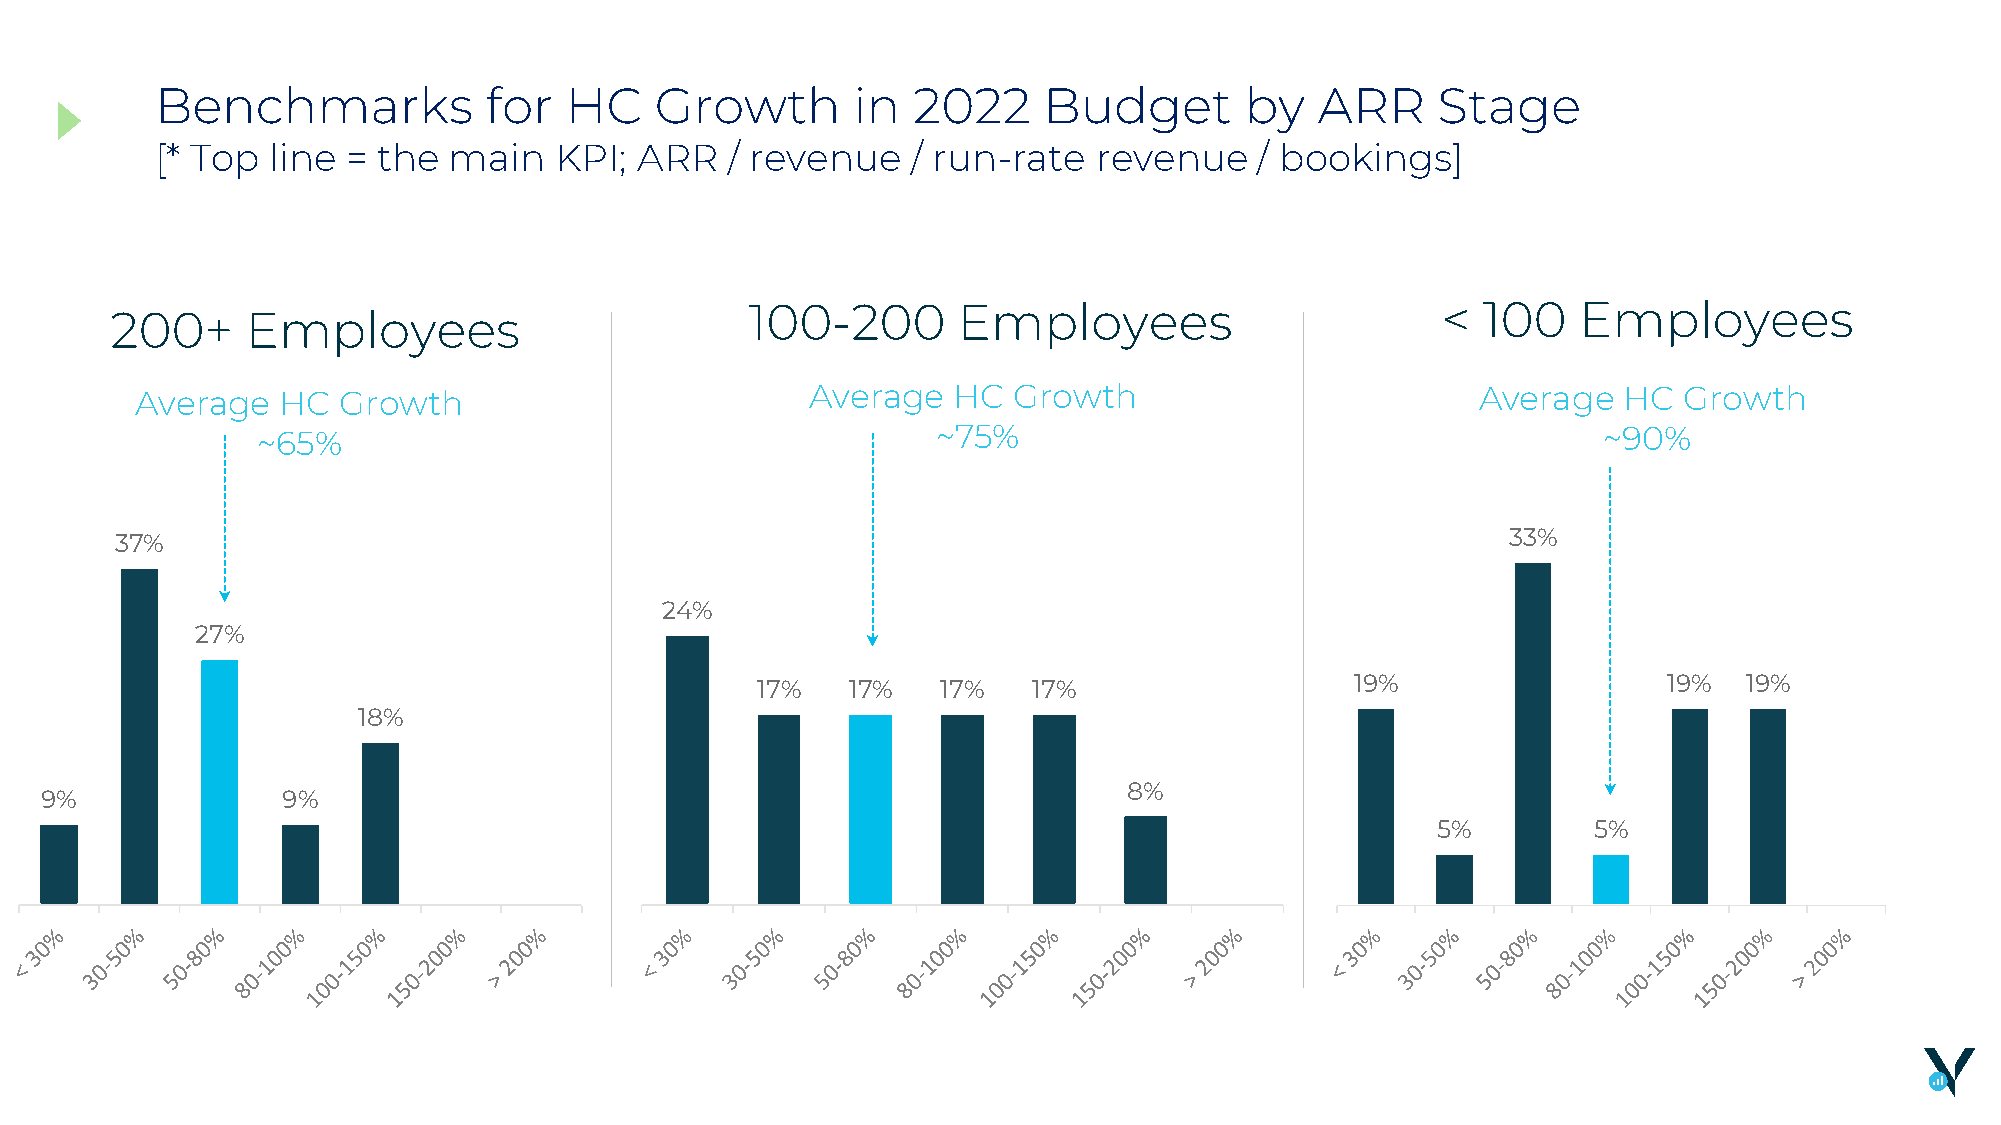
Benchmarks            for  HC    Growth       in  2022     Budget       by   ARR     Stage
 [* Top  line = the  main   KPI; ARR   / revenue   / run-rate   revenue   / bookings]
 100-200      Employees                       <  100   Employees
 200+     Employees
 Average   HC Growth                          Average  HC  Growth                         Average  HC  Growth
 ~65%                                         ~75%                                        ~90%
 37%                                                                                         33%
 24%
 27%
 17%   17%   17%   17%                   19%                 19%   19%
 18%
 8%
 9%              9%
 5%        5%